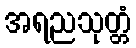
အရညသုတ္တံ